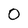
Character: 0